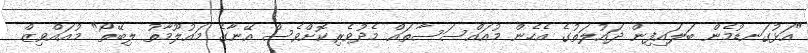
"އަޅުގަނޑުމެން ބަލައިފިން ދައުލަތުގެ އެހެން މުއައްސަސާތައް މެދުވެރިކޮށްވެސް އޭނާގެ މައުލޫމާތު ލިބޭތޯ" މުއައްވިޒް